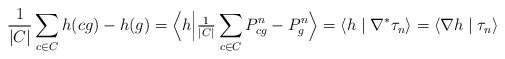
\begin{align*}\frac{1}{|C|} \sum_{c \in C} h(cg) - h(g) = \Big\langle h \Big| \tfrac{1}{|C|} \sum_{c \in C} P^n_{cg} - P^n_g \Big\rangle = \langle h \mid \nabla^* \tau_n \rangle = \langle \nabla h \mid \tau_n \rangle\end{align*}